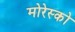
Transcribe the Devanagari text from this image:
मोरेस्को